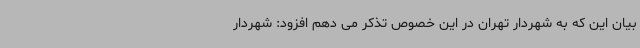
بیان این که به شهردار تهران در این خصوص تذکر می دهم افزود: شهردار